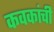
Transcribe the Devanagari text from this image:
कवकांची